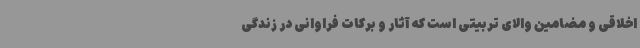
اخلاقی و مضامین والای تربیتی است که آثار و برکات فراوانی در زندگی